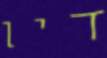
דין